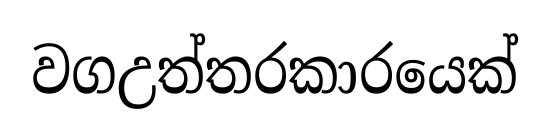
වගඋත්තරකාරයෙක්